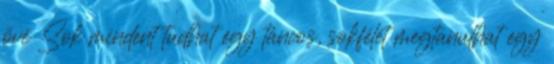
övé Sok mindent tudhat egy táncos, sokfélét megtanulhat egy